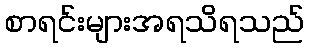
စာရင်းများအရသိရသည်